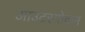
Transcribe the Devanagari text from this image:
आउटस्पोकन